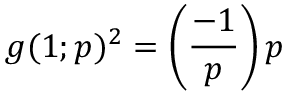
g ( 1 ; p ) ^ { 2 } = \left( { \frac { - 1 } { p } } \right) p